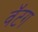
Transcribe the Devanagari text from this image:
वॅटग